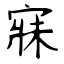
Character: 寐